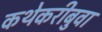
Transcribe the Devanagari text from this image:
कथेकरीबुवा